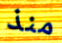
منذ